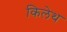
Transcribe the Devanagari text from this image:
किलेथ